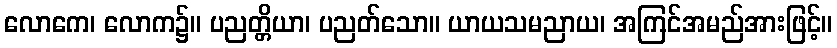
လောကေ၊ လောက၌။ ပညတ္တိယာ၊ ပညတ်သော။ ယာယသမညာယ၊ အကြင်အမည်အားဖြင့်။